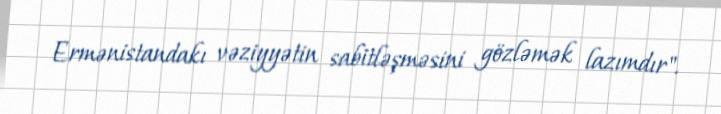
Ermənistandakı vəziyyətin sabitləşməsini gözləmək lazımdır".